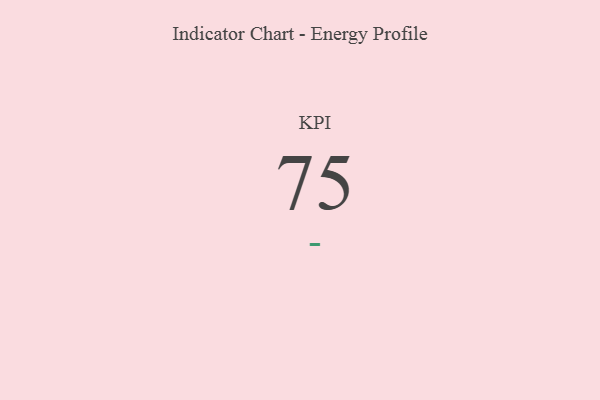
{"axis": {"x": "KPI", "y": "Value"}, "legend": [""], "data": [{"x": "KPI", "y": 75, "type": ""}]}